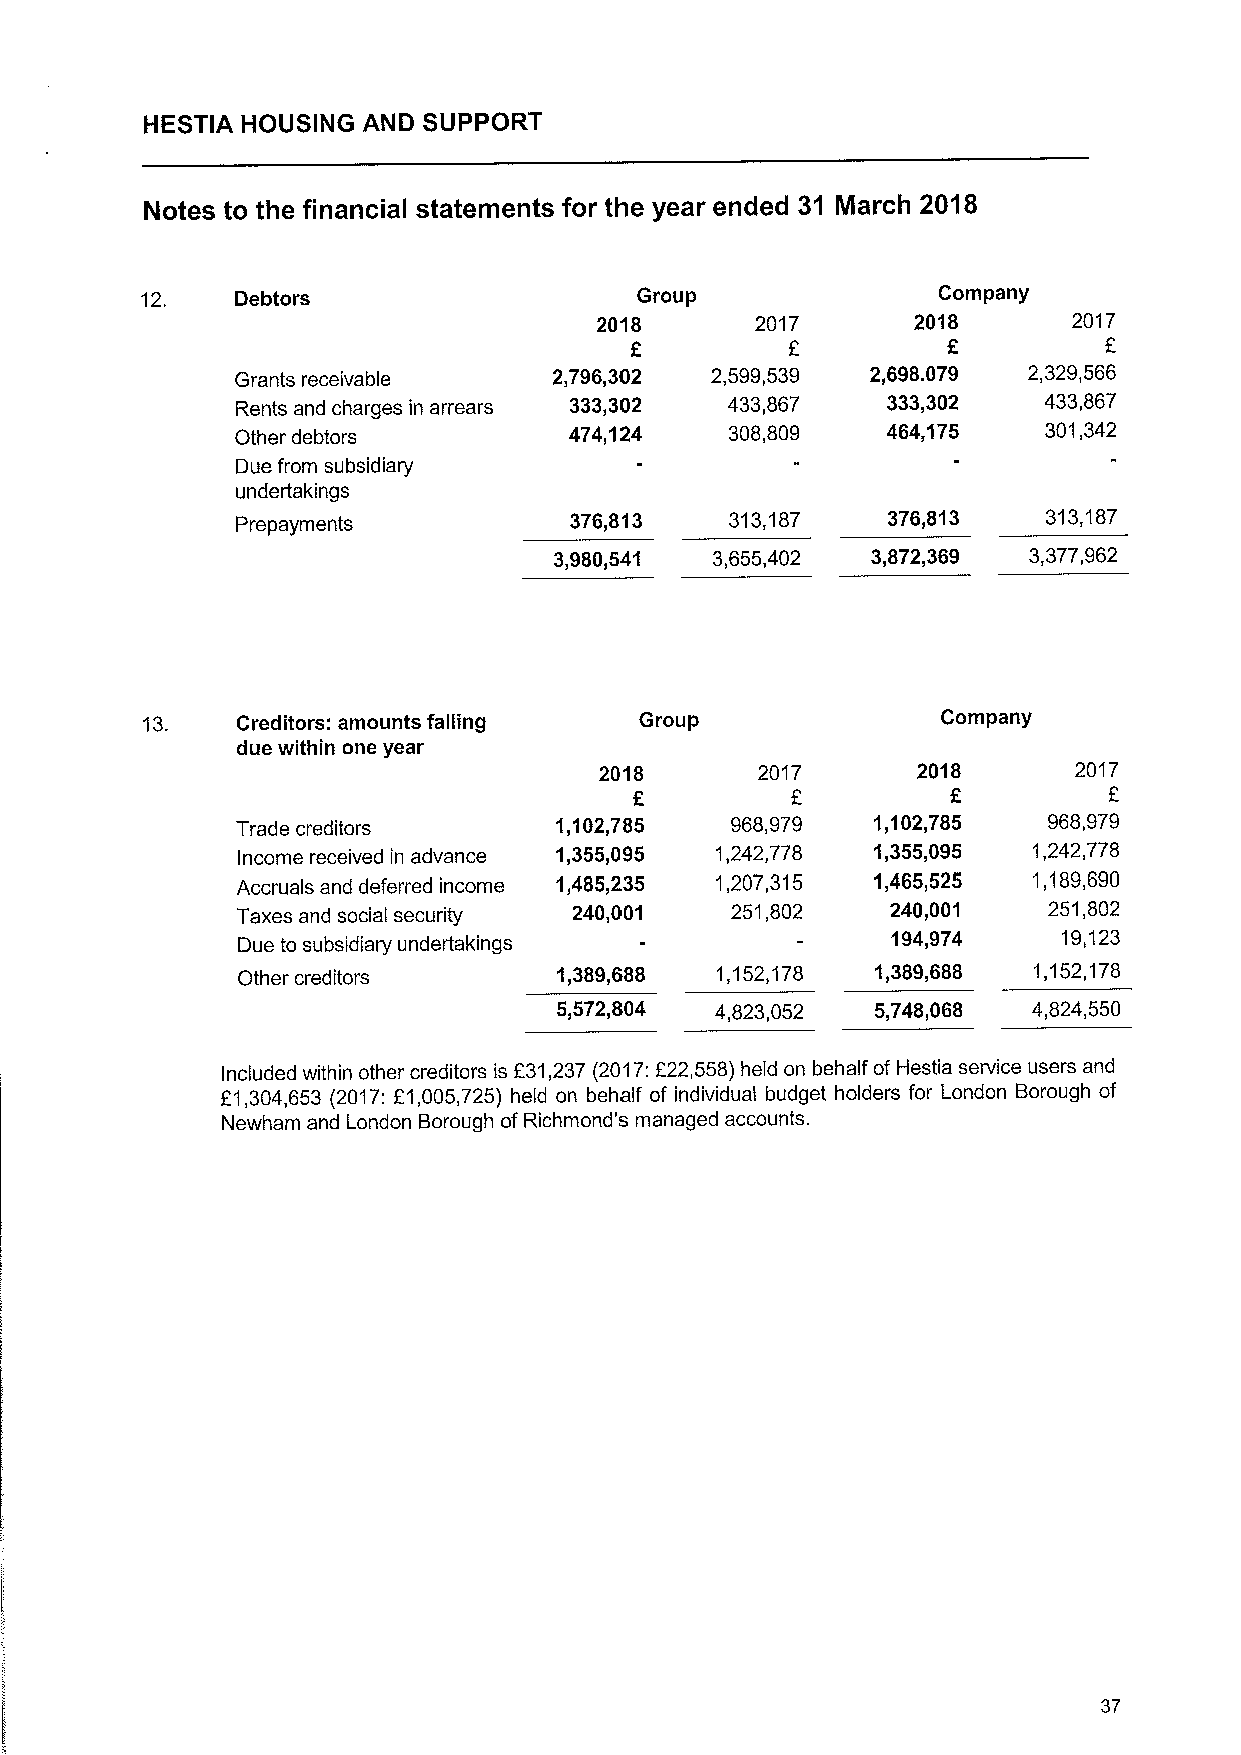
HESTIA HOUSING AND SUPPORT
 Notes to the financial statements for the year ended 31 March 2018
 12.    Debtors                   Group               Company
 2018       2017      2018       2017
 Grants receivable    2,796,302 2,599,539  2,698.079 2,329,566
 Rents and charges in arrears 333,302 433,867 333,302 433,867
 Other debtors         474,124   308,809    464,175   301,342
 Due from subsidiary
 undertakings
 Prepayments
 376,813   313,187    376,813   313,187
 3,980,541 3,655,402  3,872,369 3,377,962
 13.    Creditors: amounts falling Group              Company
 due within one year
 2018      2017       2018      2017
 F          F         E
 Trade creditors      1,102,785  968,979   1,102,785  968,979
 Income received in advance 1,355,095 1,242,778 1,355,095 1,242,778
 Accruals and deferred income 1,485,235 1,207,315 1,465,525 1,189,690
 Taxes and social security 240,001 251,802  240,001   251,802
 194,974    19,123
 Due to subsidiary undertakings
 Other creditors      1,3&9,688 1,152,178  1,389,688 1,152,178
 5,572,804 4,823,052  5,748,068 4,824,550
 Included within other creditors is F31,237 (2017:222,558) held on behalf of Hestia service users and
 E1,304,653 (2017:E1,005,725) held on behalf of individual budget holders for London Borough of
 Newham and London Borough of Richmond's managed accounts.
 37